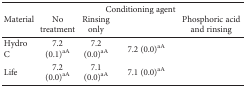
<table><thead><tr><td rowspan="2"><b>Material</b></td><td colspan="4"><b>Conditioning agent</b></td></tr><tr><td><b>No treatment</b></td><td><b>Rinsing only</b></td><td>[EMPTY_CELL]</td><td><b>Phosphoric acid and rinsing</b></td></tr></thead><tbody><tr><td>Hydro C</td><td>7.2 (0.1)<sup>aA</sup></td><td>7.2 (0.0)<sup>aA</sup></td><td>7.2 (0.0)<sup>aA</sup></td><td>[EMPTY_CELL]</td></tr><tr><td>Life</td><td>7.2 (0.0)<sup>aA</sup></td><td>7.1 (0.0)<sup>aA</sup></td><td>7.1 (0.0)<sup>aA</sup></td><td>[EMPTY_CELL]</td></tr></tbody></table>